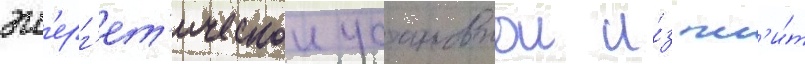
эн'ерг'ет'ическои установкои и́з пл'и́т